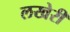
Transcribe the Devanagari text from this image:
लखेरी